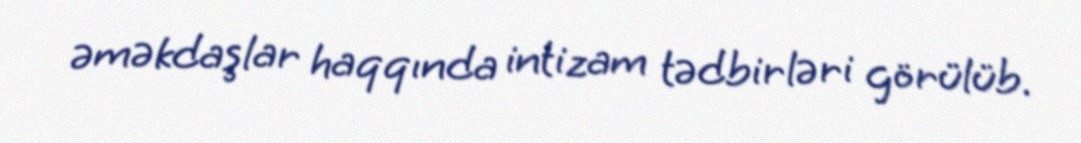
əməkdaşlar haqqında intizam tədbirləri görülüb.